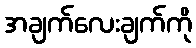
အချက်လေးချက်ကို